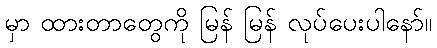
မှာ ထားတာတွေကို မြန် မြန် လုပ်ပေးပါနော်။